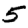
Digit: 5